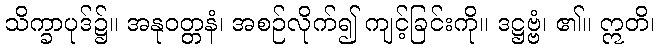
သိက္ခာပုဒ်၌။ အနုဝတ္တနံ၊ အစဉ်လိုက်၍ ကျင့်ခြင်းကို။ ဒဋ္ဌဗ္ဗံ၊ ၏။ ဣတိ၊